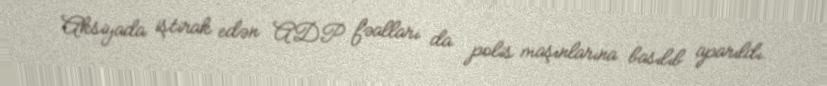
Aksiyada iştirak edən ADP fəalları da polis maşınlarına basılıb aparıldı.